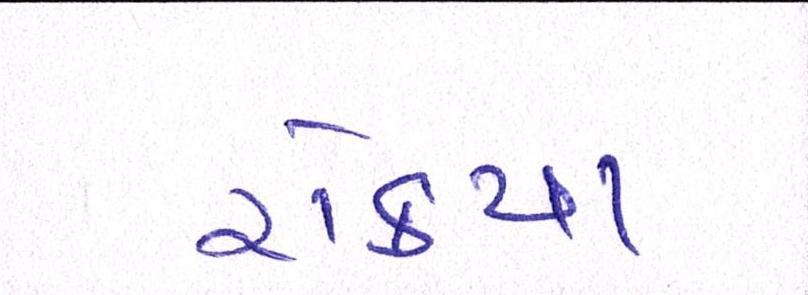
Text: રોક્યા